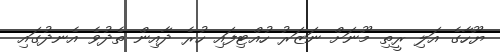
ޔޫހާގެ އަލި ރީތި މޫނަށް ނަޒަރު ހުއްޓިފައި ހުރެ ދާއިން ތެދުވެ އެނދުގައި